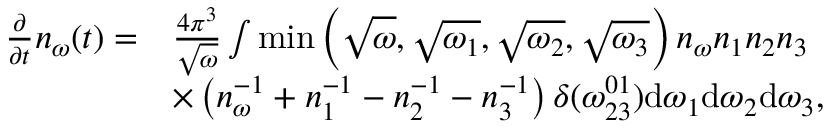
\begin{array} { r l } { \frac { \partial } { \partial t } n _ { \omega } ( t ) = } & { \frac { 4 \pi ^ { 3 } } { \sqrt { \omega } } \int \operatorname* { m i n } \left( \sqrt { \omega } , \sqrt { \omega _ { 1 } } , \sqrt { \omega _ { 2 } } , \sqrt { \omega _ { 3 } } \right) n _ { \omega } n _ { 1 } n _ { 2 } n _ { 3 } } \\ & { \times \left( n _ { \omega } ^ { - 1 } + n _ { 1 } ^ { - 1 } - n _ { 2 } ^ { - 1 } - n _ { 3 } ^ { - 1 } \right) \delta ( \omega _ { 2 3 } ^ { 0 1 } ) \mathrm { d } \omega _ { 1 } \mathrm { d } \omega _ { 2 } \mathrm { d } \omega _ { 3 } , } \end{array}